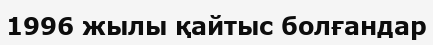
1996 жылы қайтыс болғандар